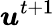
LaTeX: {\boldsymbol{u}}^{t+1}